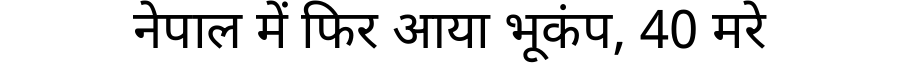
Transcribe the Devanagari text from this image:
नेपाल में फिर आया भूकंप, 40 मरे